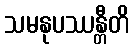
သမနုပဿန္တီတိ